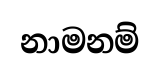
නාමනම්